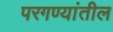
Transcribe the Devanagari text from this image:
परगण्यांतील